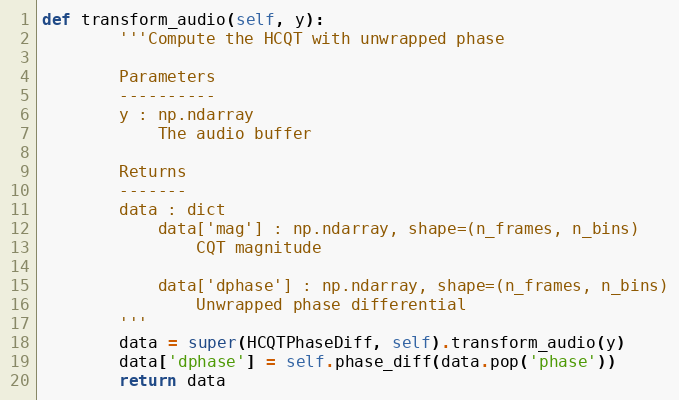
Language: Python
def transform_audio(self, y):
        '''Compute the HCQT with unwrapped phase

        Parameters
        ----------
        y : np.ndarray
            The audio buffer

        Returns
        -------
        data : dict
            data['mag'] : np.ndarray, shape=(n_frames, n_bins)
                CQT magnitude

            data['dphase'] : np.ndarray, shape=(n_frames, n_bins)
                Unwrapped phase differential
        '''
        data = super(HCQTPhaseDiff, self).transform_audio(y)
        data['dphase'] = self.phase_diff(data.pop('phase'))
        return data